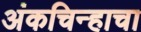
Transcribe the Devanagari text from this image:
अंकचिन्हाचा